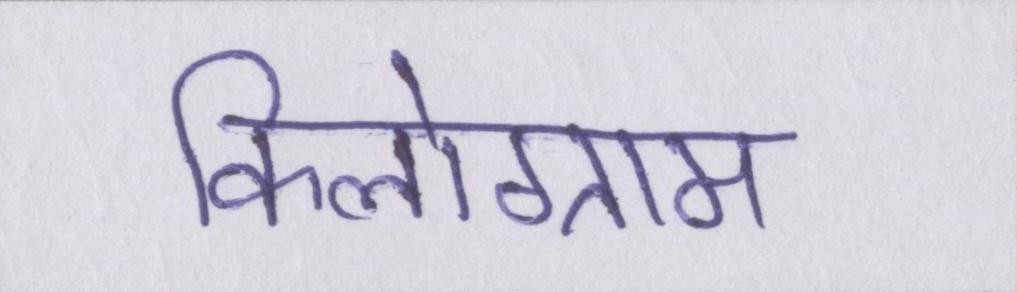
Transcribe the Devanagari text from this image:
किलोग्राम